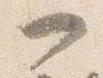
一